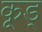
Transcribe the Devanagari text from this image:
कूड्